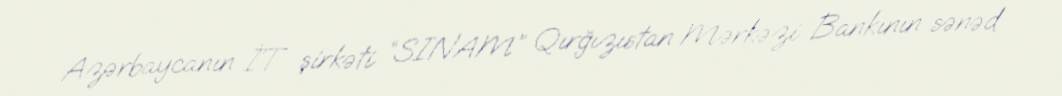
Azərbaycanın İT şirkəti “SINAM” Qırğızıstan Mərkəzi Bankının sənəd